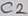
Text: C2